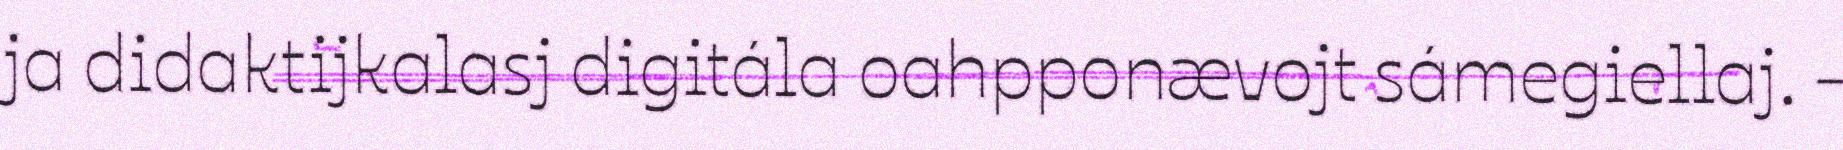
ja didaktijkalasj digitála oahpponævojt sámegiellaj. -